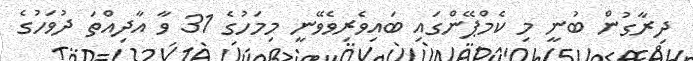
ދިރާގުން ބުނީ މި ކެމްޕޭންގައި ބައިވެރިވެވޭނީ މިމަހުގެ 31 ވާ އާދިއްތަ ދުވަހުގެ